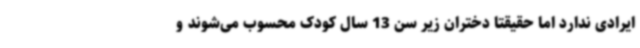
ایرادی ندارد اما حقیقتا دختران زیر سن 13 سال کودک محسوب می‌شوند و